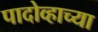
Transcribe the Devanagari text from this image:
पादोव्हाच्या